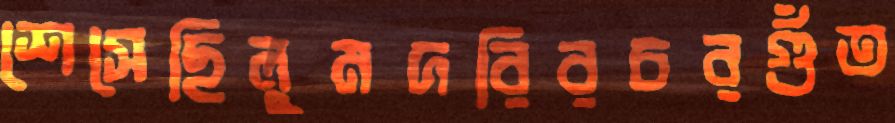
শেসেছিলুমদরিরচরগুঁত